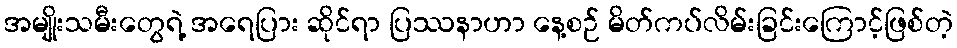
အမျိုးသမီးတွေရဲ့ အရေပြား ဆိုင်ရာ ပြဿနာဟာ နေ့စဉ် မိတ်ကပ်လိမ်းခြင်းကြောင့်ဖြစ်တဲ့